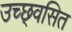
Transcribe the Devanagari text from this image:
उच्छ्‌वसित